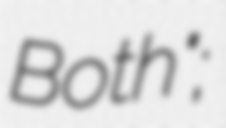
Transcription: Both";